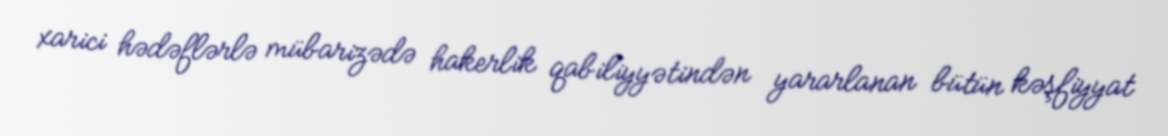
xarici hədəflərlə mübarizədə hakerlik qabiliyyətindən yararlanan bütün kəşfiyyat